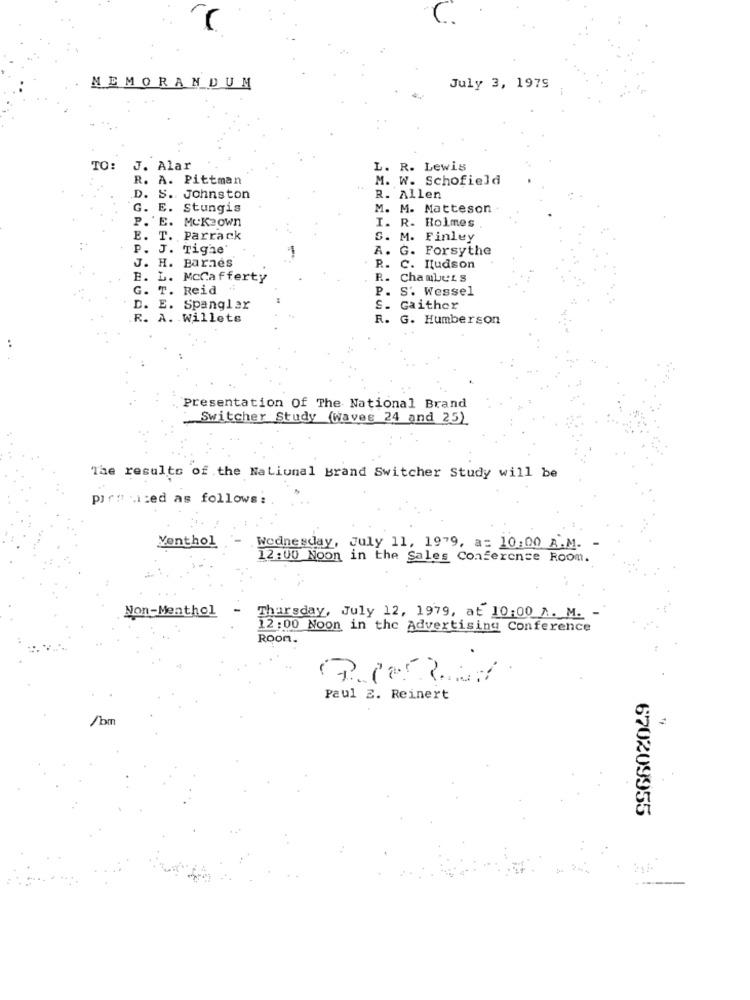
MEMORANDUM
July 3, 1979
TO:
J. Alar
. R. Lewis
. A. Pittman
M. W. Schofield
.D. S. Johnston
R. Allen
G. E. Stungis
M. M. Matteson
I. R. Holmes
P.E. Mckeown
E. T. Parrack
S. M. Finley
p. J. Tighe'
A. G. Forsythe
J. H. Barnes
R. C. Hudson
E. L. McCafferty
R. Chambers
T. Reid
P.
S'. Wessel
D. E. Spangler
Gaither
R. A. Willets
R. G. Humberson
Presentation Of The National Brand
Switcher Study (Waves 24 and 25)
The results of the NaLiunal Brand Switcher Study will be
piritized as follows:
Venthol
wednesday, July 11, 1979, a= 10:00 A.M.
12:00 Noon in the Sales Conference Room.
Non-Menthol
Thursday, July 12, 1979, at 10:00 A. M. -
12:00 Noon in the Advertising Conference
Roon.
Paul Z. Reinert
/bm
670209955